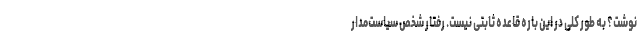
نوشت؟ به طور کلی در این باره قاعده ثابتی نیست. رفتار شخص سیاست‌مدار